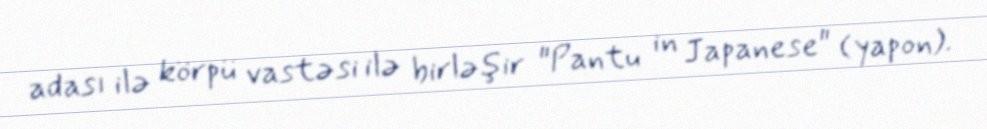
adası ilə körpü vastəsi ilə birləşir "Pantu in Japanese" (yapon).